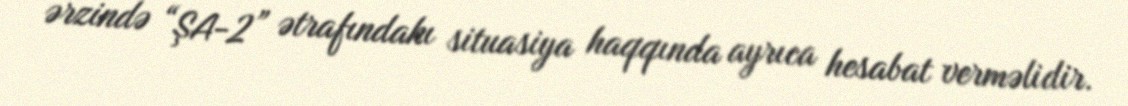
ərzində “ŞA-2” ətrafındakı situasiya haqqında ayrıca hesabat verməlidir.